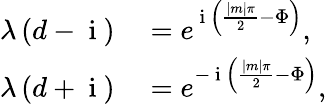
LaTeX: \begin{array}{rl}{\lambda\left(d-\mathrm{~i~}\right)}&{{}=e^{\mathrm{~i~}\left(\frac{|m|\pi}{2}-\Phi\right)},}\\ {\lambda\left(d+\mathrm{~i~}\right)}&{{}=e^{-\mathrm{~i~}\left(\frac{|m|\pi}{2}-\Phi\right)},}\end{array}